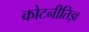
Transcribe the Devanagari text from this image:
कोटनीतिज्ञ